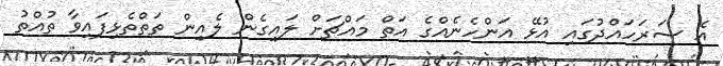
އެ ސަރަހައްދުގައި އުޅޭ އަންހެނެއްގެ އަތް މައްޗަށް ލައިގެން ލެއިން ތަތްތެޅިފައިވާ ތުއްތު